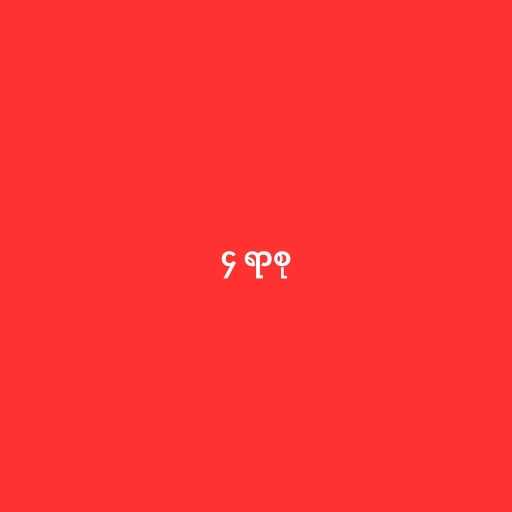
၄ ရာစု